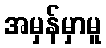
အမှန်မှာမူ